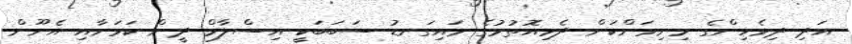
އަދި ދިވެހިންގެ މިނިވަންކަން ދެމިއޮތުމުގެ މައިގަނޑު ސަބަބަކީ އިސްލާމް ދީން ކަމަށާއި އެނޫން